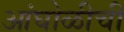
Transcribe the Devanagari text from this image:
आंघोळीची